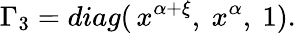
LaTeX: \Gamma_{3}=diag(\, x^{\alpha+\xi},\ x^{\alpha},\ 1).